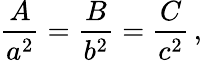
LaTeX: {\frac{A}{a^{2}}}={\frac{B}{b^{2}}}={\frac{C}{c^{2}}}\, ,